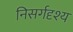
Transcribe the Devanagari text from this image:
निसर्गदृश्य